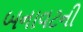
બનાવટની